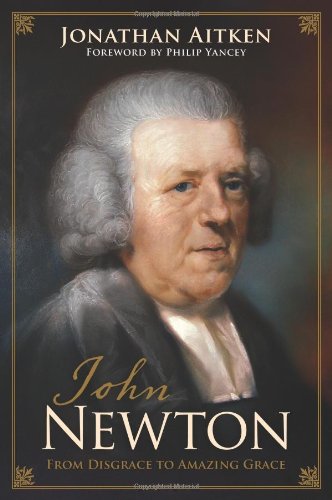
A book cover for John Newton: From Disgrace to Amazing Grace; Jonathan Aitken; Christian Books & Bibles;